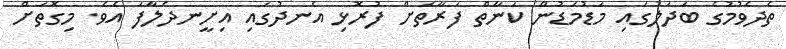
ތެދެވުމުގެ ބަދަލުގައި މަޑުމަޑުން ކަނާތް ފަރާތަށް ފުރޮޅި އެނދުގައި އިށީނދެލާފަ އެވެ. މިގޮތަށް